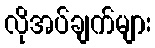
လိုအပ်ချက်များ